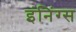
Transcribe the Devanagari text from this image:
इंनिंग्स